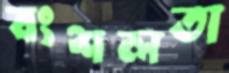
বংশলতা